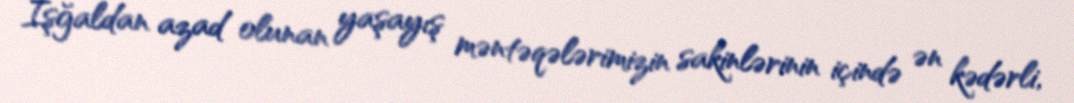
İşğaldan azad olunan yaşayış məntəqələrimizin sakinlərinin içində ən kədərli,